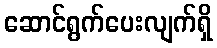
ဆောင်ရွက်ပေးလျက်ရှိ